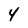
Character: 4